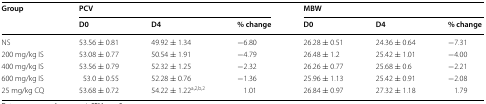
| <ROWSPAN=2> Group | <COLSPAN=3> PCV | <COLSPAN=3> MBW |
 | D0 | D4 | % change | D0 | D4 | % change |
 | --- | --- | --- | --- | --- | --- | --- |
 | NS | 53.56 ± 0.81 | 49.92 ± 1.34 | −6.80 | 26.28 ± 0.51 | 24.36 ± 0.64 | −7.31 |
 | 200 mg/kg IS | 53.08 ± 0.77 | 50.54 ± 1.91 | −4.79 | 26.48 ± 1.2 | 25.42 ± 1.01 | −4.00 |
 | 400 mg/kg IS | 53.56 ± 0.79 | 52.32 ± 1.25 | −2.32 | 26.26 ± 0.77 | 25.68 ± 0.6 | −2.21 |
 | 600 mg/kg IS | 53.0 ± 0.55 | 52.28 ± 0.76 | −1.36 | 25.96 ± 1.13 | 25.42 ± 0.91 | −2.08 |
 | 25 mg/kg CQ | 53.68 ± 0.72 | 54.22 ± 1.22a,2,b,2 | 1.01 | 26.84 ± 0.97 | 27.32 ± 1.18 | 1.79 |